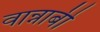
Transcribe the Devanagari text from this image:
वान्नाबी